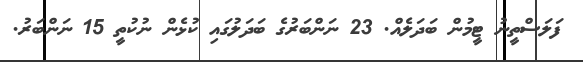
ފަލަސްތީނު ޓީމުން ބަދަލެއް. 23 ނަންބަރުގެ ބަދަލުގައި ކުޅެން ނުކުތީ 15 ނަންބަރު.